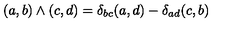
( a , b ) \wedge ( c , d ) = \delta _ { b c } ( a , d ) - \delta _ { a d } ( c , b )